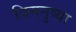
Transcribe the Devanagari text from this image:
विमनुष्या